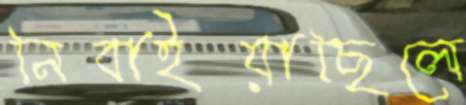
নিবাইয়াছিলে